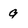
Character: 9